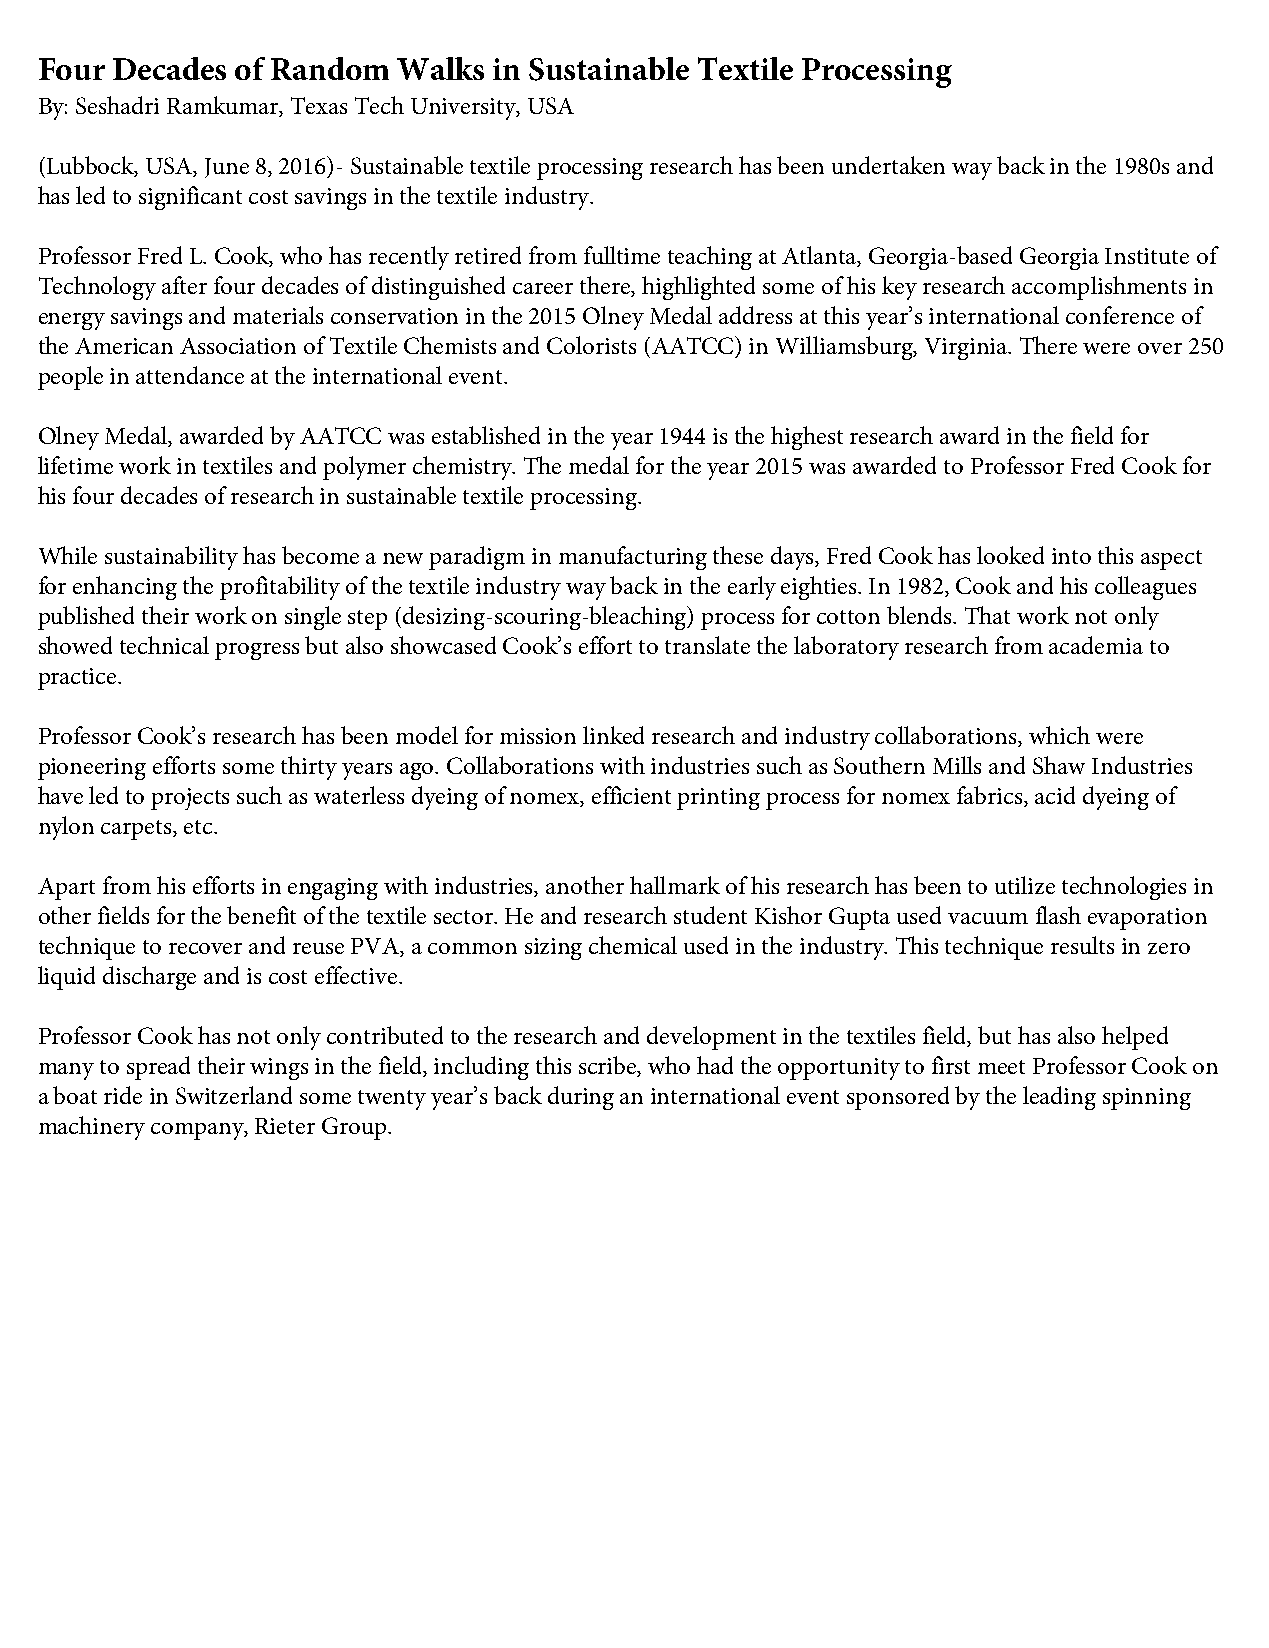
Four Decades  of Random Walks  in Sustainable Textile Processing
 By: Seshadri Ramkumar, Texas Tech University, USA
 (Lubbock, USA, June 8, 2016)- Sustainable textile processing research has been undertaken way back in the 1980s and
 has led to significant cost savings in the textile industry.
 Professor Fred L. Cook, who has recently retired from fulltime teaching at Atlanta, Georgia-based Georgia Institute of
 Technology after four decades of distinguished career there, highlighted some of his key research accomplishments in
 energy savings and materials conservation in the 2015 Olney Medal address at this year’s international conference of
 the American Association of Textile Chemists and Colorists (AATCC) in Williamsburg, Virginia. There were over 250
 people in attendance at the international event.
 Olney Medal, awarded by AATCC was established in the year 1944 is the highest research award in the field for
 lifetime work in textiles and polymer chemistry. The medal for the year 2015 was awarded to Professor Fred Cook for
 his four decades of research in sustainable textile processing.
 While sustainability has become a new paradigm in manufacturing these days, Fred Cook has looked into this aspect
 for enhancing the profitability of the textile industry way back in the early eighties. In 1982, Cook and his colleagues
 published their work on single step (desizing-scouring-bleaching) process for cotton blends. That work not only
 showed technical progress but also showcased Cook’s effort to translate the laboratory research from academia to
 practice.
 Professor Cook’s research has been model for mission linked research and industry collaborations, which were
 pioneering efforts some thirty years ago. Collaborations with industries such as Southern Mills and Shaw Industries
 have led to projects such as waterless dyeing of nomex, efficient printing process for nomex fabrics, acid dyeing of
 nylon carpets, etc.
 Apart from his efforts in engaging with industries, another hallmark of his research has been to utilize technologies in
 other fields for the benefit of the textile sector. He and research student Kishor Gupta used vacuum flash evaporation
 technique to recover and reuse PVA, a common sizing chemical used in the industry. This technique results in zero
 liquid discharge and is cost effective.
 Professor Cook has not only contributed to the research and development in the textiles field, but has also helped
 many to spread their wings in the field, including this scribe, who had the opportunity to first meet Professor Cook on
 a boat ride in Switzerland some twenty year’s back during an international event sponsored by the leading spinning
 machinery company, Rieter Group.